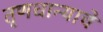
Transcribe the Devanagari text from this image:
तृणधान्याचे